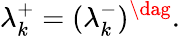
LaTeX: \lambda_{k}^{+}=(\lambda_{k}^{-})^{\dag}.